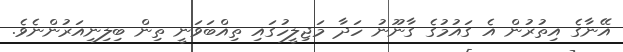
އޭނާގެ އިތުރުން އެ ގައުމުގެ ގާނޫނު ހަދާ މަޖިލީހުގައި ތިއްބަވަނީ ތިން ބިލިނިއަރުންނެވެ.